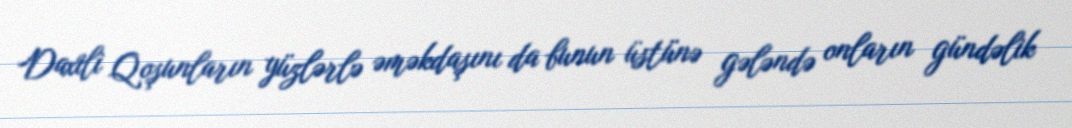
Daxili Qoşunların yüzlərlə əməkdaşını da bunun üstünə gələndə onların gündəlik